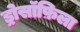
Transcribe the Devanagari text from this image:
ड्रोसॉफ़िला